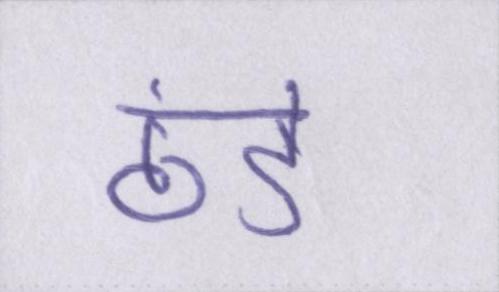
ठंडे